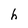
Character: h